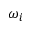
\omega _ { i }